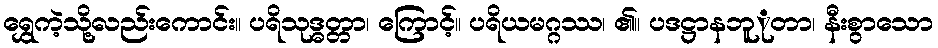
ရွှေကဲ့သို့လည်းကောင်း။ ပရိသုဒ္ဓတ္တာ၊ ကြောင့်။ ပရိယမဂ္ဂဿ၊ ၏။ ပဒဋ္ဌာနဘူုတာ၊ နီးစွာသော